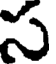
స